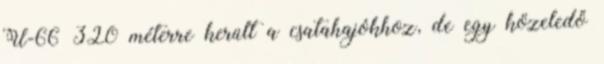
U-66 320 méterre került a csatahajókhoz, de egy közeledő